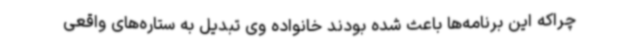
چراکه این برنامه‌ها باعث شده بودند خانواده وی تبدیل به ستاره‌های واقعی